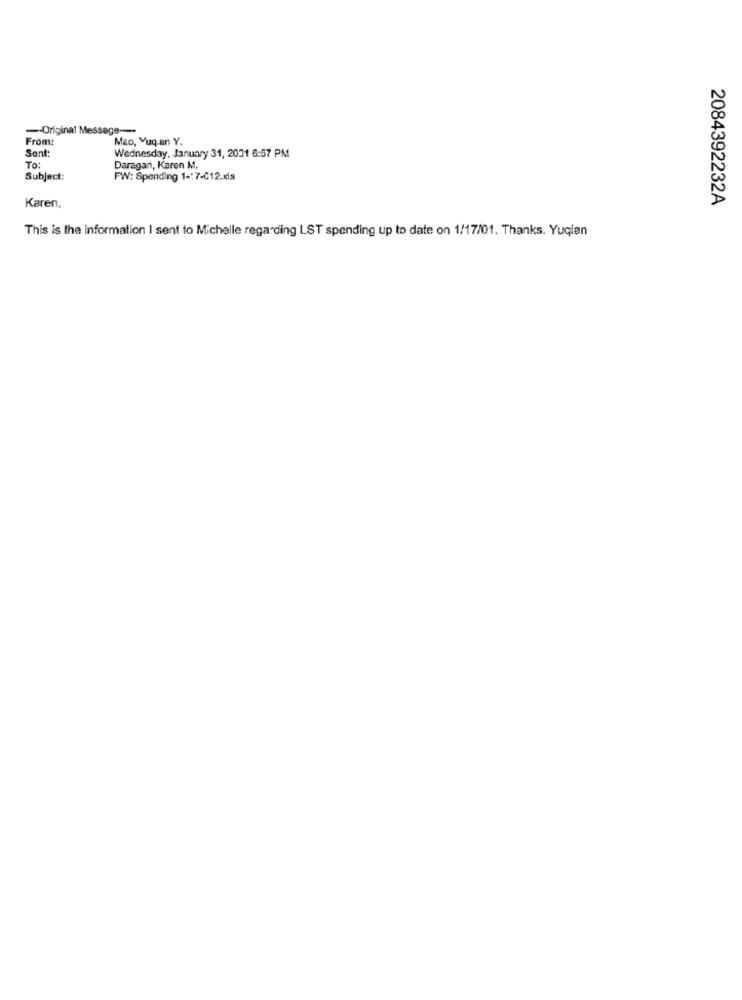
--- Original Message --
From:
Mao, Yuq.an Y.
Sent:
Wednesday, January 31, 2001 6:57 PM
To:
Daragan, Karen M.
Subject:
FW: Spending 1 -: 7-C12.xls
2084392232A
Karen,
This is the information I sent to Michelle regarding LST spending up to date on 1/17/01. Thanks. Yuqian